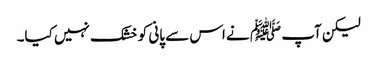
لیکن آپ ﷺ نے اس سے پانی کو خشک نہیں کیا۔